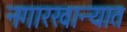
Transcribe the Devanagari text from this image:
नगारखान्यात